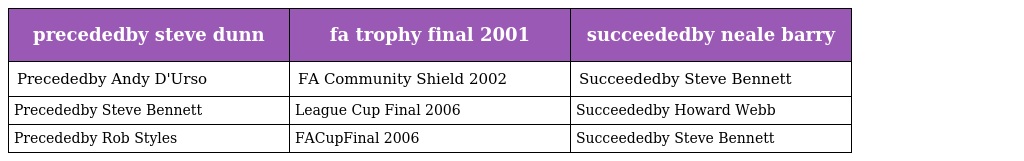
| precededby steve dunn | fa trophy final 2001 | succeededby neale barry |
 | --- | --- | --- |
 | Precededby Andy D'Urso | FA Community Shield 2002 | Succeededby Steve Bennett |
 | Precededby Steve Bennett | League Cup Final 2006 | Succeededby Howard Webb |
 | Precededby Rob Styles | FACupFinal 2006 | Succeededby Steve Bennett |